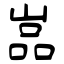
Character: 嵓